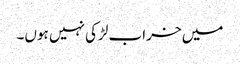
میں خراب لڑکی نہیں ہوں۔